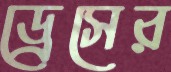
ড্রেসের